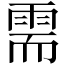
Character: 需